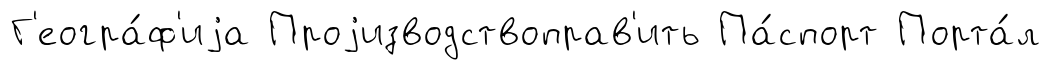
Г'еогра́ф'иjа Проjизводствоправ'ить Па́спорт Порта́л